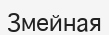
Змейная